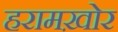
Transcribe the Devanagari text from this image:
हरामख़ोर